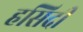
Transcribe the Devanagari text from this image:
हसिदी